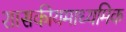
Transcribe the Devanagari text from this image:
शासकीयमाध्यमिक